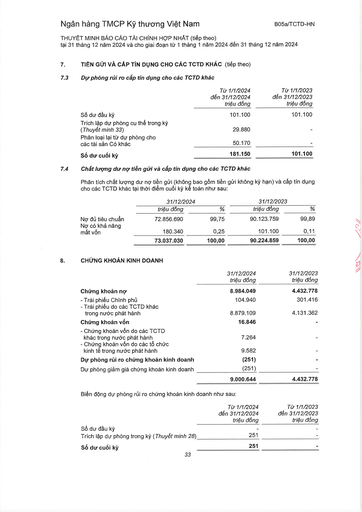
||Từ 1/1/2024 đến 31/12/2024 triệu đồng|Từ 1/1/2023 đến 31/12/2023 triệu đồng| |---|---|---| |Số dư đầu kỳ|101.100|101.100| |Trích lập dự phòng cụ thể trong kỳ (Thuyết minh 33)|29.880|| |Phân loại lại từ dự phòng cho các tài sản Có khác|50.170|| |Số dư cuối kỳ|181.150|101.100| ||31/12/2024||31/12/2023|| |---|---|---|---|---| ||triệu đồng|%|triệu đồng|%| |Nợ đủ tiêu chuẩn|72.856.690|99,75|90.123.759|99,89| |Nợ có khả năng mất vốn|180.340|0,25|101.100|0,11| ||73.037.030|100,00|90.224.859|100,00| ||31/12/2024 triệu đồng|31/12/2023 triệu đồng| |---|---|---| |Chứng khoán nợ|8.984.049|4.432.778| |Trái phiếu Chính phủ|104.940|301.416| |Trái phiếu do các TCTD khác trong nước phát hành|8.879.109|4.131.362| |Chứng khoán vốn|16.846|| |Chứng khoán vốn do các TCTD khác trong nước phát hành|7.264|| |Chứng khoán vốn do các tổ chức kinh tế trong nước phát hành|9.582|| |Dự phòng rủi ro chứng khoán kinh doanh|(251)|| |Dự phòng giảm giá chứng khoán kinh doanh|(251)|| ||9.000.644|4.432.778| ||Từ 1/1/2024 đến 31/12/2024 triệu đồng|Từ 1/1/2023 đến 31/12/2023 triệu đồng| |---|---|---| |Số dư đầu kỳ||| |Trích lập dự phòng trong kỳ (Thuyết minh 28)|251|| |Số dư cuối kỳ|251||